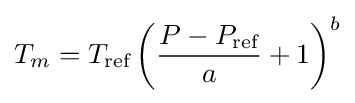
T_{m}=T_{\text{ref}}\left({\frac {P-P_{\text{ref}}}{a}}+1\right)^{b}